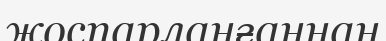
жоспарланғаннан